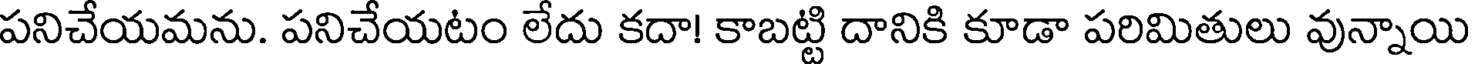
పనిచేయమను. పనిచేయటం లేదు కదా! కాబట్టి దానికి కూడా పరిమితులు వున్నాయి